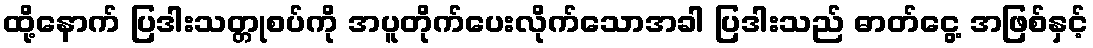
ထို့နောက် ပြဒါးသတ္တုစပ်ကို အပူတိုက်ပေးလိုက်သောအခါ ပြဒါးသည် ဓာတ်ငွေ့ အဖြစ်နှင့်